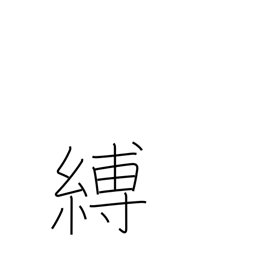
Meaning: arrest